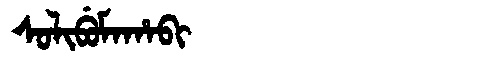
Manchu: ᠰᠣᠯᡳᠪᡠᠮᠠᡥᠠᠪᡳ
Romanization: SOLIBUMAHABI